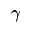
\gamma